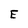
Character: E